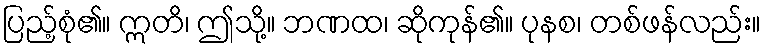
ပြည့်စုံ၏။ ဣတိ၊ ဤသို့။ ဘဏထ၊ ဆိုကုန်၏။ ပုနစ၊ တစ်ဖန်လည်း။